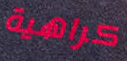
كراهية